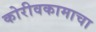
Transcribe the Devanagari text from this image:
कोरीवकामाचा